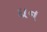
દાન